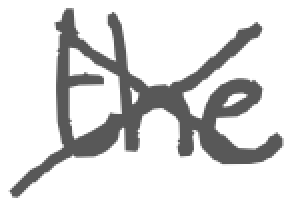
Text: the
Cross-out: cross
Writing tool: digital_gray